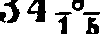
34 8/15